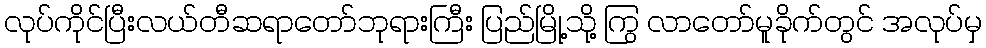
လုပ်ကိုင်ပြီးလယ်တီဆရာတော်ဘုရားကြီး ပြည်မြို့သို့ ကြွ လာတော်မူခိုက်တွင် အလုပ်မှ